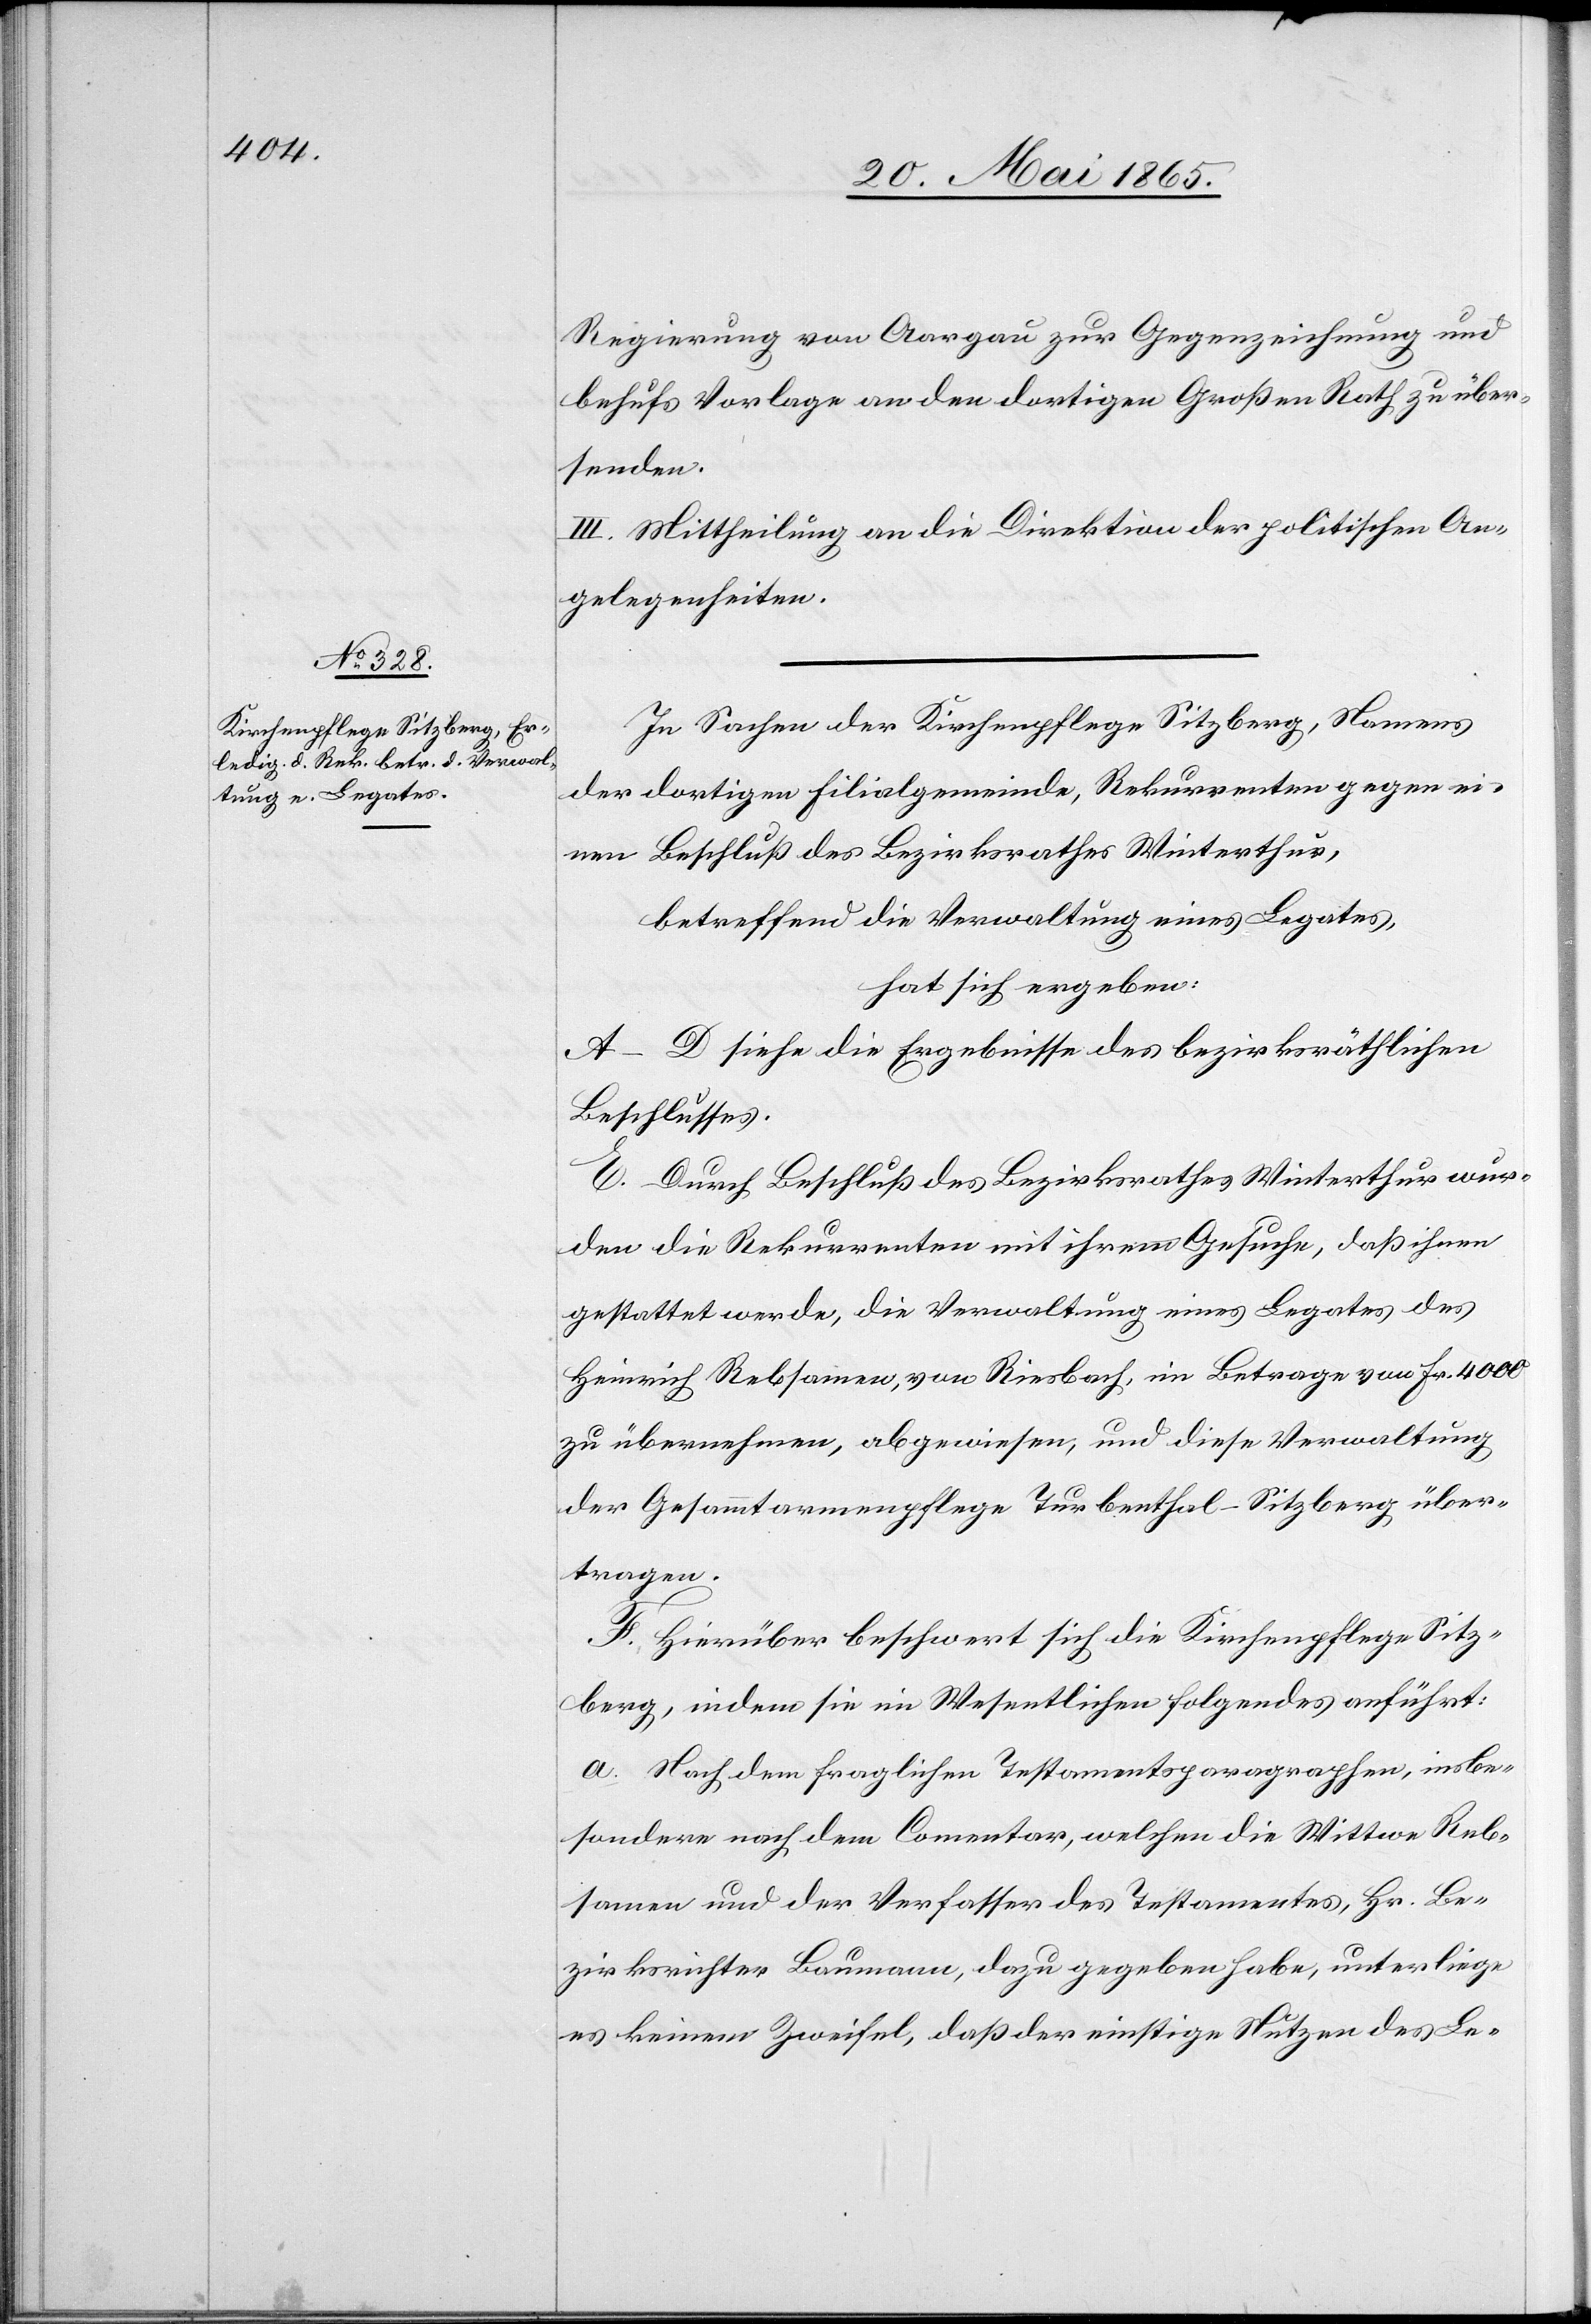
Regierung von Aargau zur Gegenzeichnung und
behufs Vorlage an den dortigen Großen Rath zu über¬
senden.
III. Mittheilung an die Direktion der politischen An¬
gelegenheiten.
In Sachen der Kirchenpflege Sitzberg, Namens
der dortigen Filialgemeinde, Rekurrenten gegen ei¬
nen Beschluß des Bezirksrathes Winterthur,
betreffend die Verwaltung eines Legates,
hat sich ergeben:
A–D siehe die Ergebnisse des bezirksräthlichen
Beschlusses.
E. Durch Beschluß des Bezirksrathes Winterthur wur¬
den die Rekurrenten mit ihrem Gesuche, daß ihnen
gestattet werde, die Verwaltung eines Legates des
Heinrich Rebsamen, von Riesbach, im Betrage von Fr. 4000
zu übernehmen, abgewiesen, und diese Verwaltung
der Gesammtarmenpflege Turbenthal-Sitzberg über¬
tragen.
F. Hierüber beschwert sich die Kirchenpflege Sitz¬
berg, indem sie im Wesentlichen folgendes anführt:
a. Nach dem fraglichen Testamentsparagraphen, insbe¬
sondere nach dem Comentar, welchen die Wittwe Reb¬
samen und der Verfasser des Testamentes, Hr. Be¬
zirksrichter Baumann, dazu gegeben habe, unterliege
es keinem Zweifel, daß der einstige Nutzen des Le-